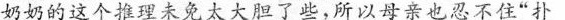
奶奶的这个推理未免太大胆了些，所以母亲也忍不住“扑